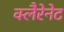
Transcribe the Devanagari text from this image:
क्लैरेनेट